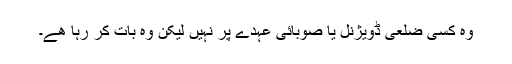
وہ کسی ضلعی ڈویژنل یا صوبائی عہدے پر نہیں لیکن وہ بات کر رہا ھے۔